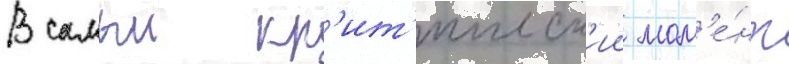
В самыи кр'ит'ическ'ии мом'е́нт